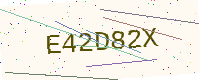
Text: E42D82X